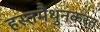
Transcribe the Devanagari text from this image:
हस्तमैथुनकरत